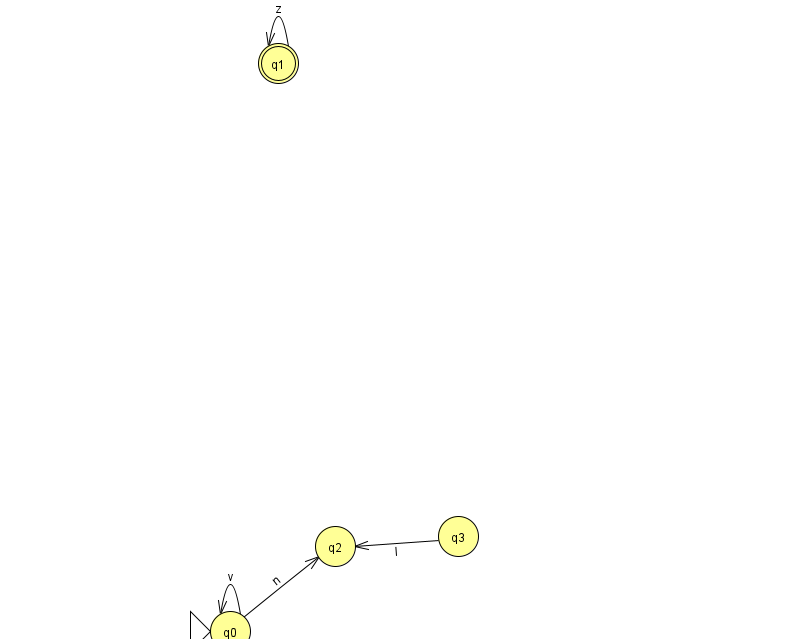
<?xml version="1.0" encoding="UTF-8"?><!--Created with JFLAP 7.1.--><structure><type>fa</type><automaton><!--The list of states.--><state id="0" name="q0"><x>230.0</x><y>618.0</y><initial/></state><state id="1" name="q1"><x>278.0</x><y>50.0</y><final/></state><state id="2" name="q2"><x>335.0</x><y>533.0</y></state><state id="3" name="q3"><x>458.0</x><y>523.0</y></state><!--The list of transitions.--><transition><from>3</from><to>2</to><read>I</read></transition><transition><from>0</from><to>2</to><read>n</read></transition><transition><from>0</from><to>0</to><read>v</read></transition><transition><from>1</from><to>1</to><read>z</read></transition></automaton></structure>